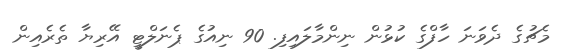
މެޗުގެ ދެވަނަ ހާފްގެ ކުޅުން ނިންމާލައިފި. 90 ނިއުގެ ޕެނަލްޓީ އޭރިޔާ ތެރެއިން